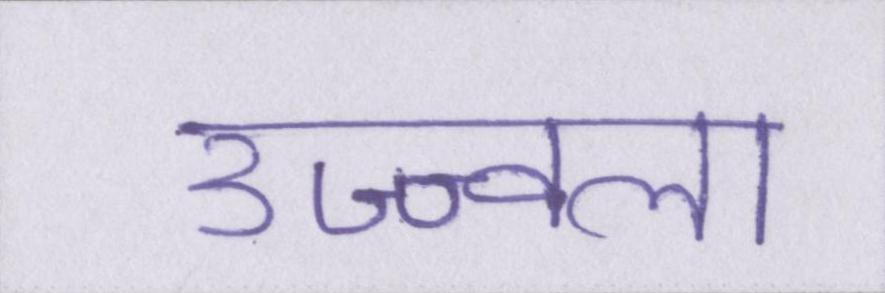
उज्ज्वला